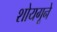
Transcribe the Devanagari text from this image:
शोयगूने